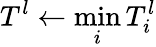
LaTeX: T^{l}\gets\operatorname*{min}_{i}T_{i}^{l}